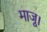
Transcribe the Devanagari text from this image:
माजू।